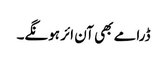
ڈرامے بھی آن ائر ہونگے۔